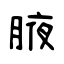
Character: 腋